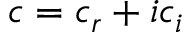
c = c _ { r } + i c _ { i }